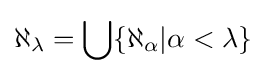
\aleph _{\lambda }=\bigcup \{\aleph _{\alpha }|\alpha <\lambda \}